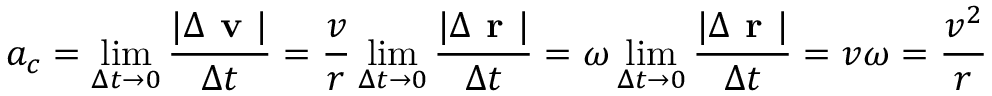
a _ { c } = \operatorname* { l i m } _ { \Delta t \to 0 } { \frac { | \Delta { \textbf { v } } | } { \Delta t } } = { \frac { v } { r } } \operatorname* { l i m } _ { \Delta t \to 0 } { \frac { | \Delta { \textbf { r } } | } { \Delta t } } = \omega \operatorname* { l i m } _ { \Delta t \to 0 } { \frac { | \Delta { \textbf { r } } | } { \Delta t } } = v \omega = { \frac { v ^ { 2 } } { r } }